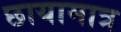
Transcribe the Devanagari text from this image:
छायामात्र